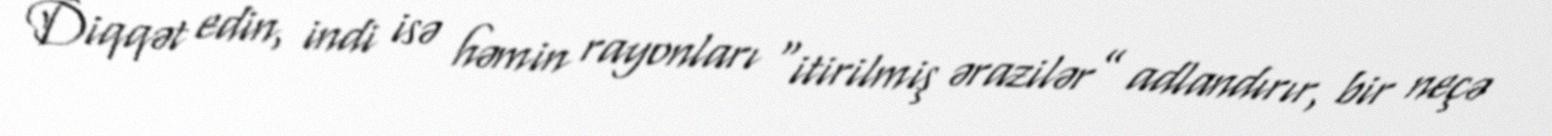
Diqqət edin, indi isə həmin rayonları “itirilmiş ərazilər” adlandırır, bir neçə